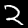
Label: 2